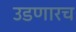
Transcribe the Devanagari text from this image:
उडणारच